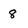
Character: 8